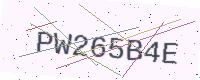
Text: PW265B4E